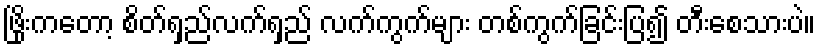
ဖြိုးကတော့ စိတ်ရှည်လက်ရှည် လက်ကွက်များ တစ်ကွက်ခြင်းပြ၍ တီးစေသားပဲ။